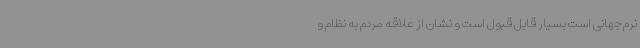
نرم جهانی است بسیار قابل قبول است و نشان از علاقه مردم به نظام و